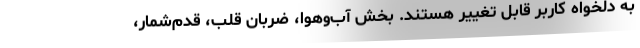
به دلخواه کاربر قابل تغییر هستند. بخش آب‌و‌هوا، ضربان قلب، قدم‌شمار،